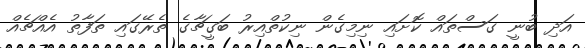
އަދި ބުނީ ގަސްތައް ކޮށައި ނިމިގެން ނިކުތްއިރު ބަގީޗާގެ ތެރޭގައި ތަފާތު އެއްޗެއް